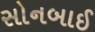
સોનબાઈ